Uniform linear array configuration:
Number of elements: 16
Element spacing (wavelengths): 0.5
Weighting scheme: kaiser
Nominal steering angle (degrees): -60
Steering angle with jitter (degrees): -61.057
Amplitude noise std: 0.05
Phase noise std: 0.05

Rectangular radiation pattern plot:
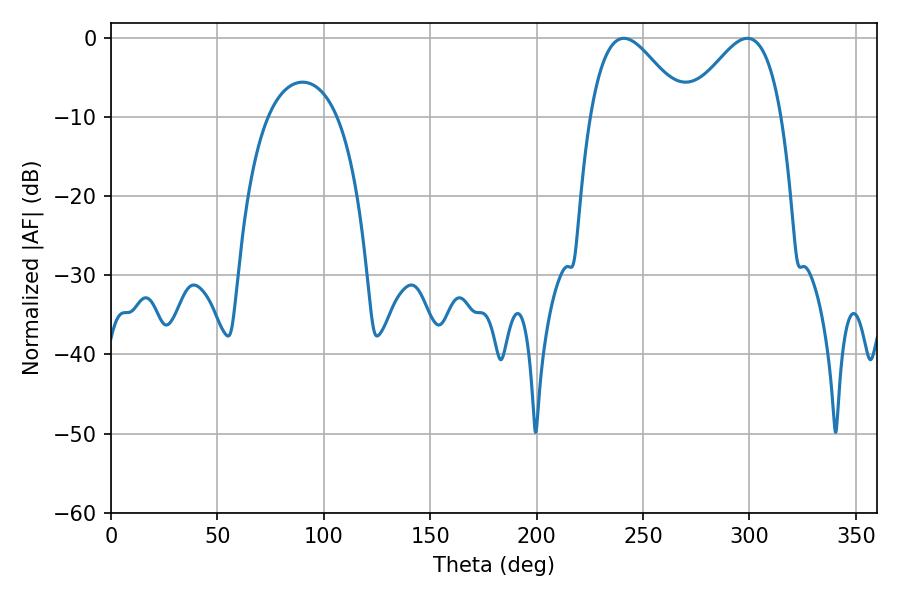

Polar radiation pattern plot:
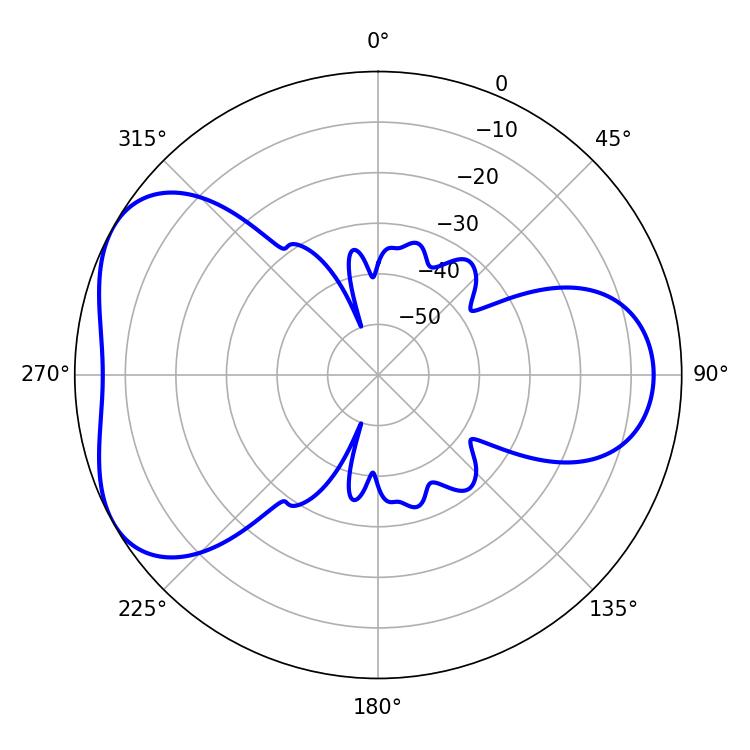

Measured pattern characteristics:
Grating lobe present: FALSE
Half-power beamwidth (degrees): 23.94
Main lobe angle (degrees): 241.02